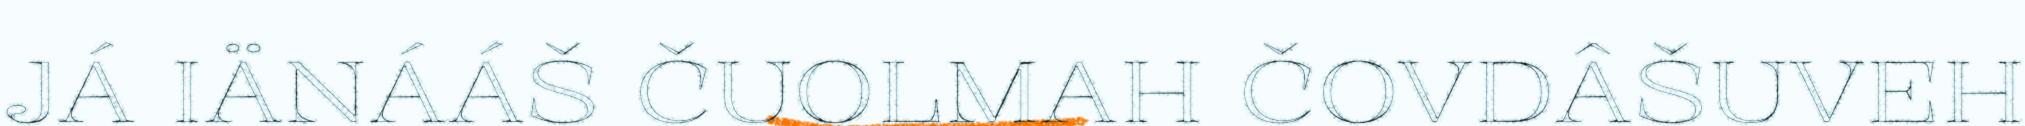
JÁ IÄNÁÁŠ ČUOLMAH ČOVDÂŠUVEH